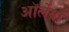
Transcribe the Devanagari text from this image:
ऑर्लेयाँ